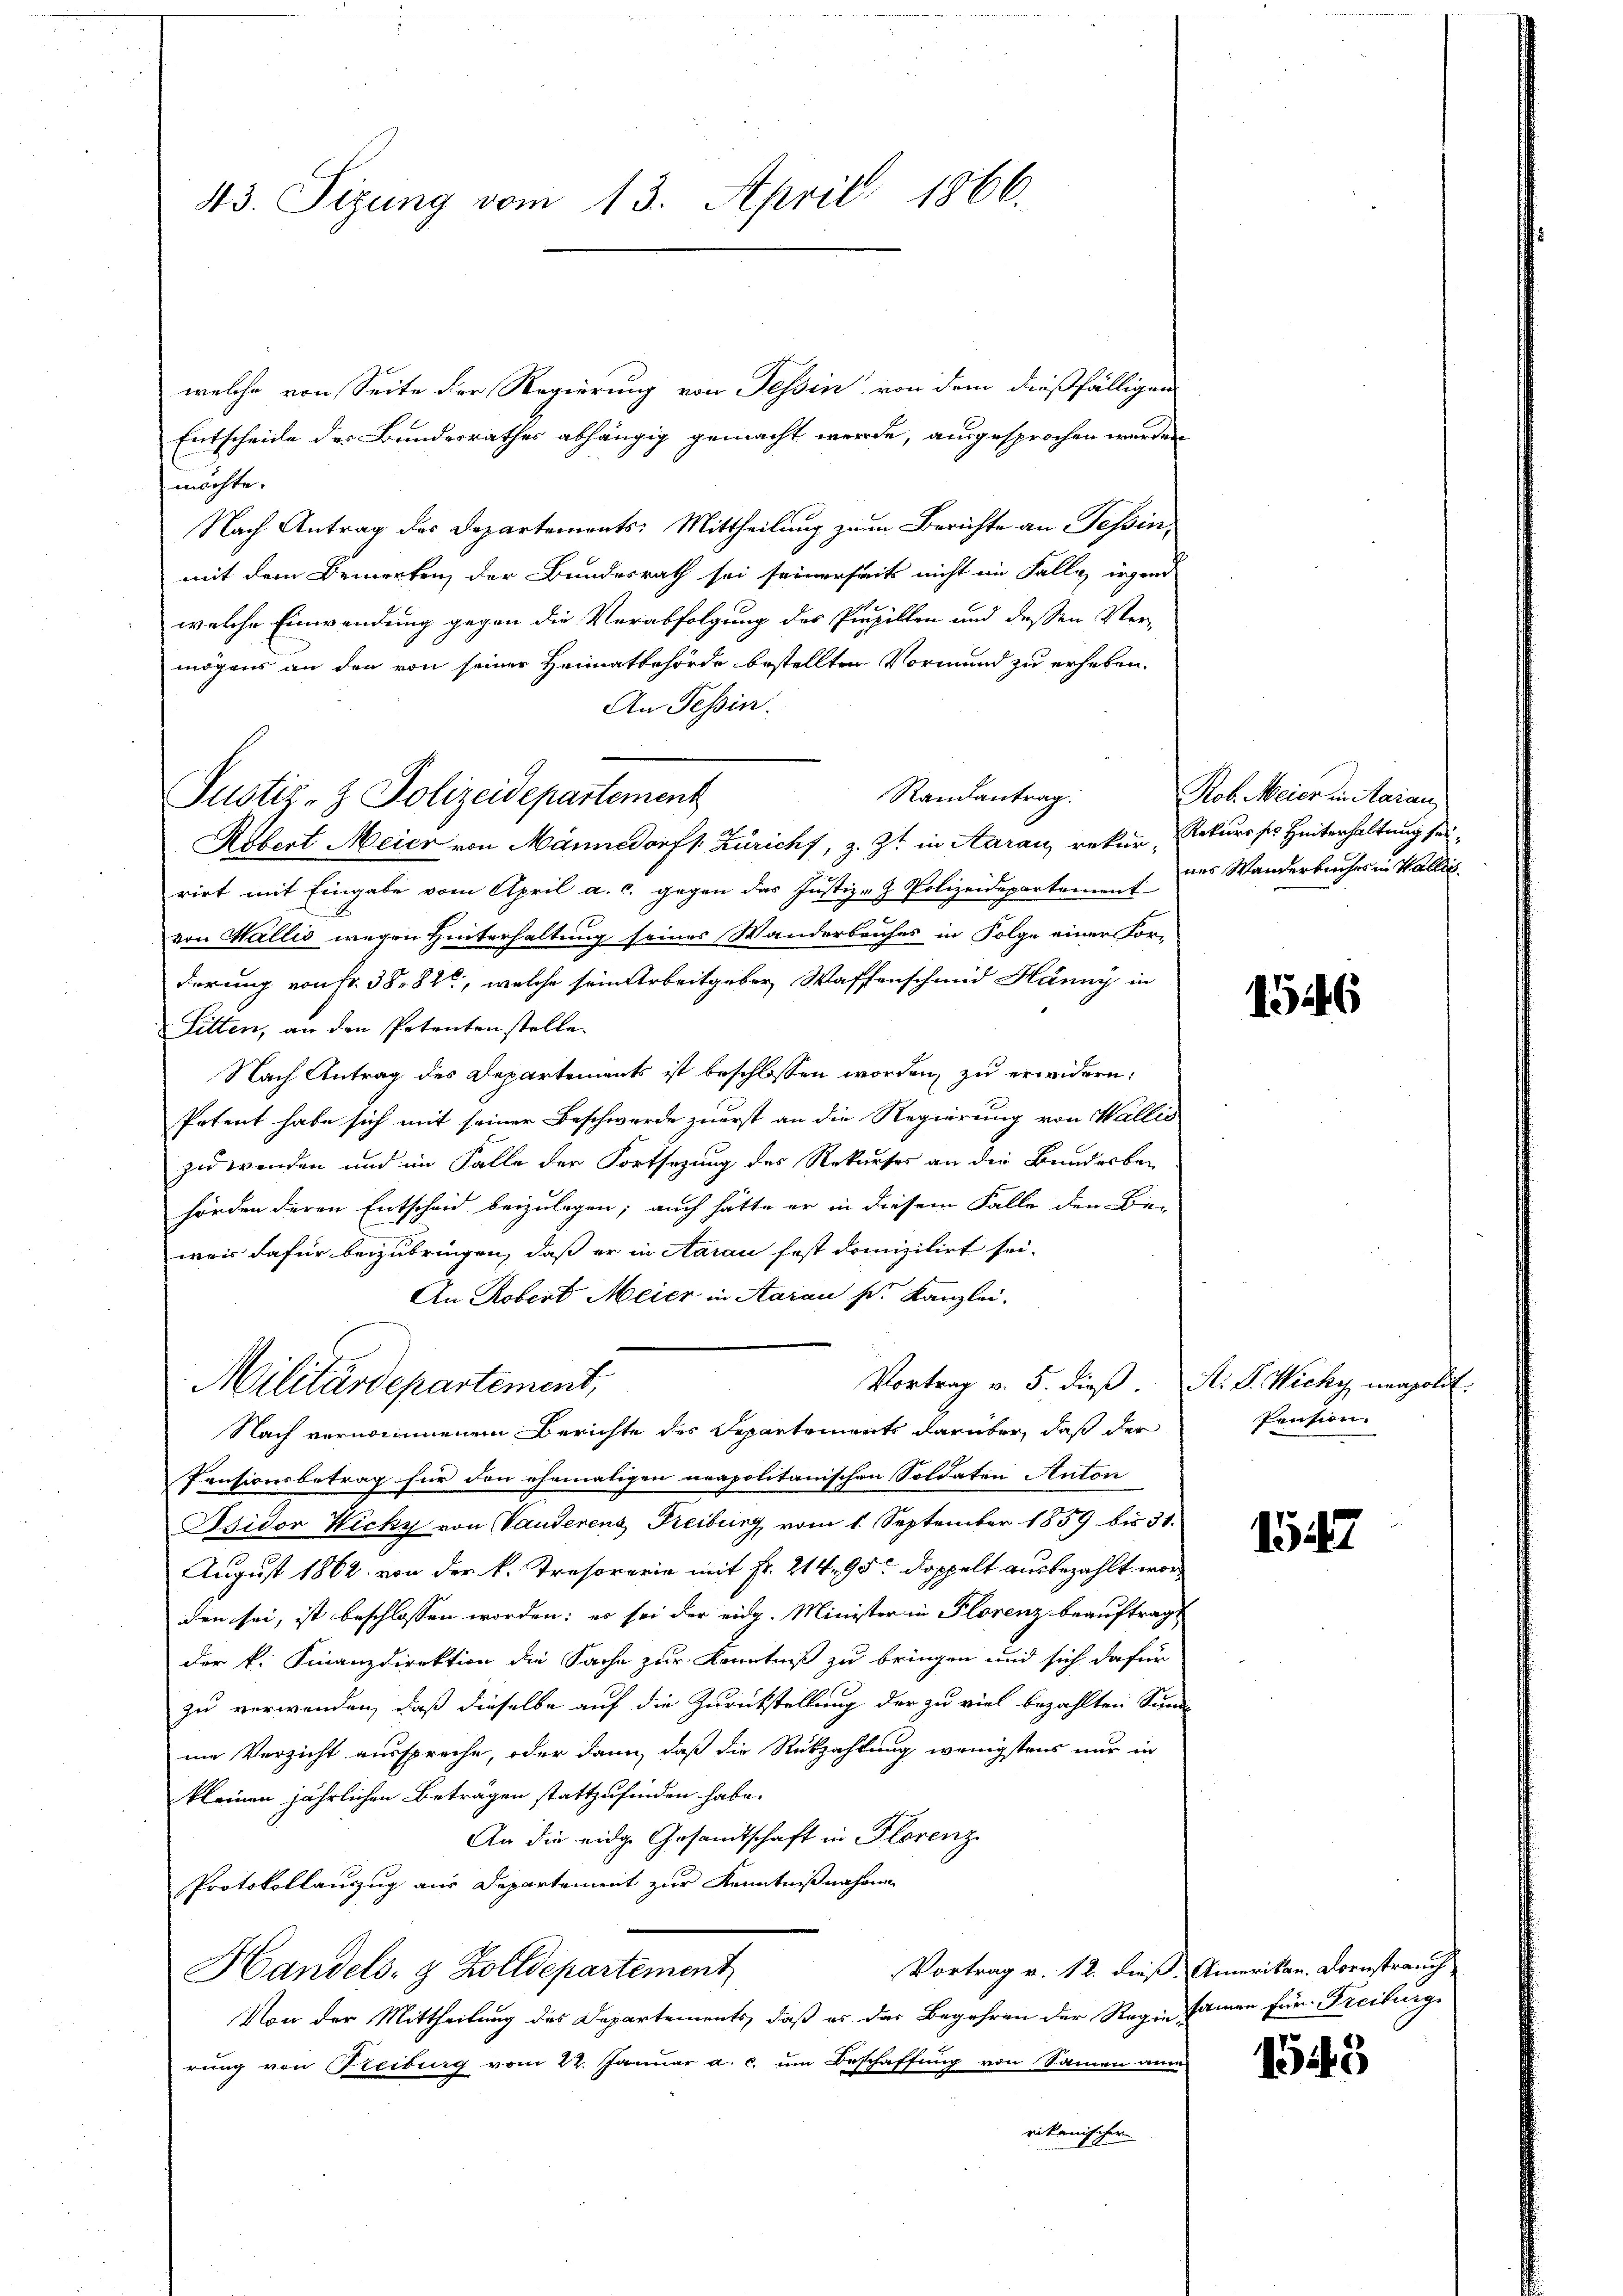
43. Sizung vom 13. April 1866.

Justiz- & Polizeidepartement
Robert Meier von Männedorff Züricht, z. Zt. in Aarau, rekur, Rekurs ses Hinterhaltung sei¬

welche von Seite der Regierung von Tessin von dem dießfälligen
Entscheide des Bundesrathes abhängig gemacht werde, ausgesprochen werden
möchte.
Nach Antrag des Departements: Mittheilung zum Berichte an Tessin,
mit dem Bemerken, der Bundesrath sei seinerseits nicht ein Falle, irgend
welche Einwendung gegen die Verabfolgung des Pupillen und deßen Ver-
mögens an den von seiner Heimatbehörde bestellten Vormund zu erheben.
An Tessin.
rirt mit Eingabe vom April a. c. gegen das Justiz- & Polizeidepartement des Wanderbuches in Wallis.
von Wallis wegen Hinterhaltung seines Wanderbruches in Folge einer For-
derung von Fr. 3882, welche sein Arbeitgeber, Waffenschmid Hänny in
Sitten, an den Petenten stelle.
Nach Antrag des Departements ist beschlossen worden, zu erwidern:
Petent habe sich mit seiner Beschwerde zuerst an die Regierung von Wallis
zu wenden und im Falle der Fortsazung des Rekurses an die Bundesber
hörden deren Entscheid beizulegen; auch hätte er in diesem Falle den Be-
weis dafür beizubringen, daß er in Aarau fest danizilirt sei.
An Robert Meier in Aarau s. Kanzlei.
Vortrag v. 5. dieß A. S. Wicky unapolit.
Militärdepartement,
Nach vernommenem Berichte des Departements darüber, daß der
Pensionsbetrag für den ehemaligen neapolitanischen Soldaten Anton
Jsidor Wicky von Vanderens Freiburg vom 1. September 1859 bis 31.
August 1862 von der k. Tresororie mit Fr. 214, 95 doppelt ausbezahlt worden sei, ist beschlossen worden; es sei der eidg. Minister in Florenz beauftrag
der k. Finanzdirektion die Sache zur Kenntniß zu bringen und sich dafür
zu verwenden, daß dieselbe auf die Zurückstellung der zu viel bezahlten Sund-
eie Verzicht ausspreche, oder dann, daß die Rückzahlung wenigstens nur in
kleinen jährlichen Beträgen stattzufinden habe.
An die eidge Gesandtschaft in Florenz
Protokollauszug aus Departement zur Kenntnißnahmen
Vortrag v. 12. dieß Amerikan. Kornstrauch
Handels- & Zolldepartement
Von der Mittheilung des Departements, daß es das Begehren der Regensamen für Freiburg
rung von Freiburg vom 22. Januar a. c. um Beschaffung von Sammen ane
rikanischer

Randantrag.

Rob. Meier in Aarau

1546

Pension.

154

1543